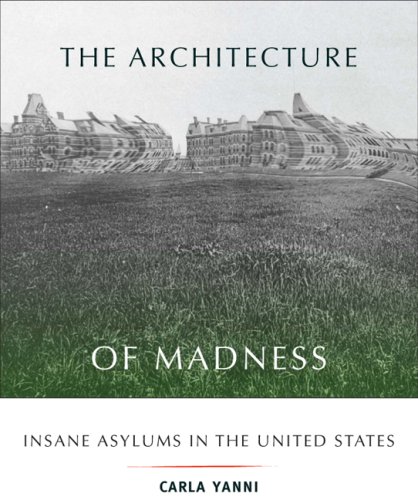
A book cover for The Architecture of Madness: Insane Asylums in the United States (Architecture, Landscape and Amer Culture); Carla Yanni; Medical Books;